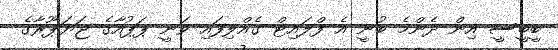
ބީބީސީ އިން ދެންމެ ބުނީ އެ ފްލައިޓް ގެއްލިފައި ވަނީ ޕަޕުއާގެ ޖަޔަޕޫރާގެ